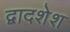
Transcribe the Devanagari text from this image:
द्वादशेश